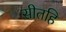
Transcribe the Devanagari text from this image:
सीतहि